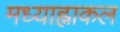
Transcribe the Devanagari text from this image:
मध्याह्नाकल